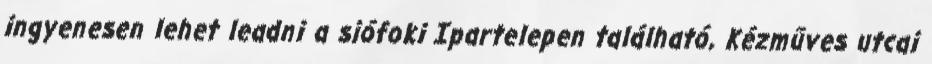
ingyenesen lehet leadni a siófoki Ipartelepen található, Kézműves utcai